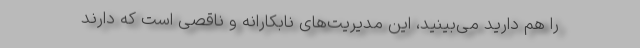
را هم دارید می‌بینید، این مدیریت‌های نابکارانه و ناقصی است که دارند